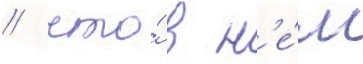
/ что́ в н'е́м